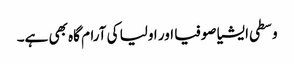
وسطی ایشیا صوفیا اور اولیا کی آرام گاہ بھی ہے۔